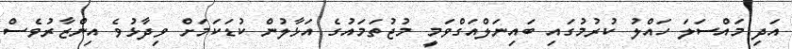
އަދި މައްސަލަ ހައްލު ކުރުމުގައި ބައިނަލްއަގްވަމީ މުޖުތަމައުގެ އަޅާލުން ކުޑަކަމަށް ވިދާޅުވެ އިންޒާރުވެސް